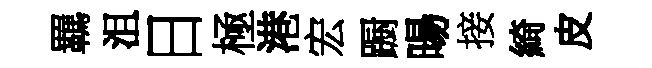
羈沮日極港宏蹰暘接綺皮